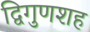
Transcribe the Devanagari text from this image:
द्विगुणशह